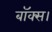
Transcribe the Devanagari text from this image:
बॉक्स।